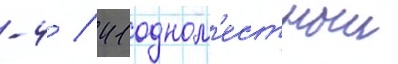
-4 / 41 одном'естныи